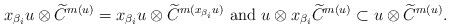
\begin{align*}x_{\beta_i} u \otimes \widetilde{C}^{m(u)} =x_{\beta_i} u \otimes \widetilde C^{m(x_{\beta_i} u)} \mbox{ and } u \otimes x_{\beta_i}\widetilde{C}^{m(u)} &\subset u \otimes \widetilde C^{m(u)}.\end{align*}